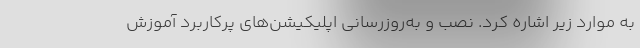
به موارد زیر اشاره کرد. نصب و به‌روزرسانی اپلیکیشن‌های پرکاربرد آموزش